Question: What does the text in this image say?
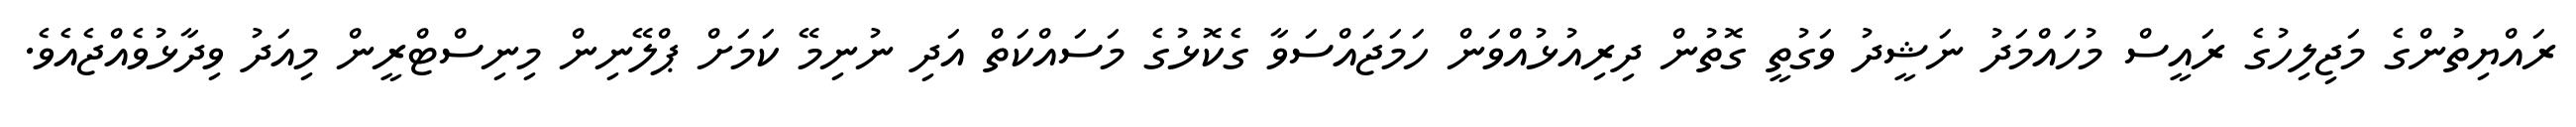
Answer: ރައްޔިތުންގެ މަޖިލިހުގެ ރައީސް މުހައްމަދު ނަޝީދު ވަގުތީ ގޮތުން ދިރިއުޅުއްވަން ހަމަޖައްސަވާ ގެކޮޅުގެ މަސައްކަތް އަދި ނުނިމޭ ކަމަށް ޕްލޭނިން މިނިސްޓްރީން މިއަދު ވިދާޅުވެއްޖެއެވެ.